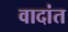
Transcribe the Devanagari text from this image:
वादांत